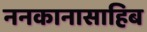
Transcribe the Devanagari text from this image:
ननकानासाहिब